Leaving Certificate Examination, 1911
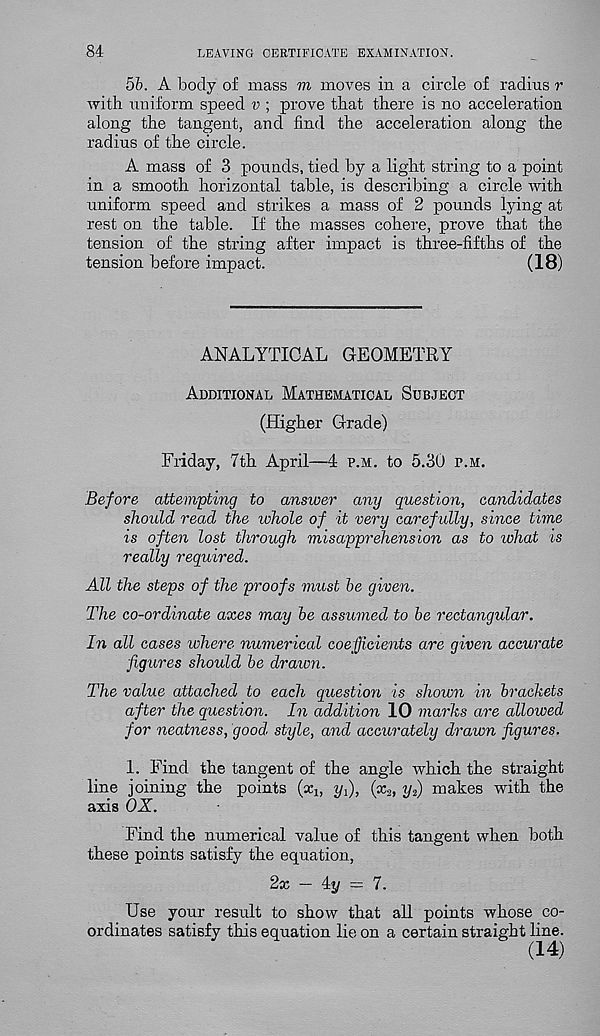
84
LEAVING CERTIFICATE EXAMINATION.
5b. A body of mass m moves in a circle of radius r
with uniform speed v ; prove that there is no acceleration
along the tangent, and find the acceleration along the
radius of the circle.
A mass of 3 pounds, tied by a light string to a point
in a smooth horizontal table, is describing a circle with
uniform speed and strikes a mass of 2 pounds lying at
rest on the table. If the masses cohere, prove that the
tension of the string after impact is three-fifths of the
tension before impact.
(18)
ANALYTICAL GEOMETRY
Additional Mathematical Subject
(Higher Grade)
Friday, 7th April—4 p.m. to 5.30 p.m.
Before attempting to answer any question, candidates
should read the zohole of it very carefully, since time
is often lost through misapprehension as to what is
really required.
All the steps of the proofs must be given.
The co-ordinate axes may be assumed to be rectangular.
In all cases ivhere numerical coefficients are given accurate
figures should be dr aim.
The value attached to each question is shown in brackets
after the question. In addition 10 marks are allowed
for neatness, good style, and accurately drawn figures.
1. Find the tangent of the angle which the straight
line joining the points (x h yi), (x,, y 2 ) makes with the
axis OX.
Find the numerical value of this tangent when both
these points satisfy the equation,
2x — 4y = 7.
Use your result to show that all points whose co-
ordinates satisfy this equation lie on a certain straight line.
(14)